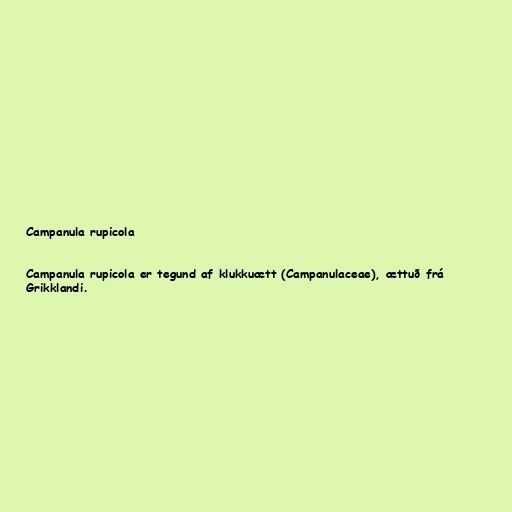
Campanula rupicola

Campanula rupicola er tegund af klukkuætt (Campanulaceae), ættuð frá
Grikklandi.